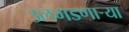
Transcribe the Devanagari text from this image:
उलगडणाऱ्या